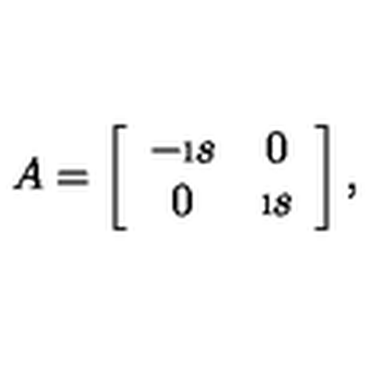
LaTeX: A = \left[ \begin{array} { c c } { - \i s } & { 0 } \\ { 0 } & { \i s } \\ \end{array} \right] ,